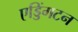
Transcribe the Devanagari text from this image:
एड्डिंगटन